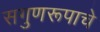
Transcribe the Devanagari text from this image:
सगुणरूपाचे